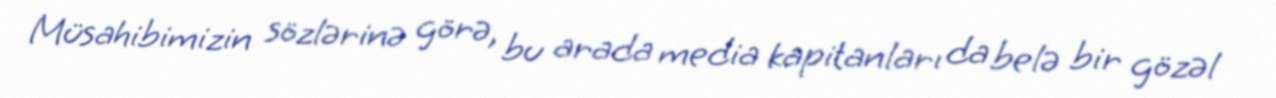
Müsahibimizin sözlərinə görə, bu arada media kapitanları da belə bir gözəl